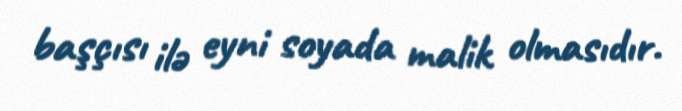
başçısı ilə eyni soyada malik olmasıdır.